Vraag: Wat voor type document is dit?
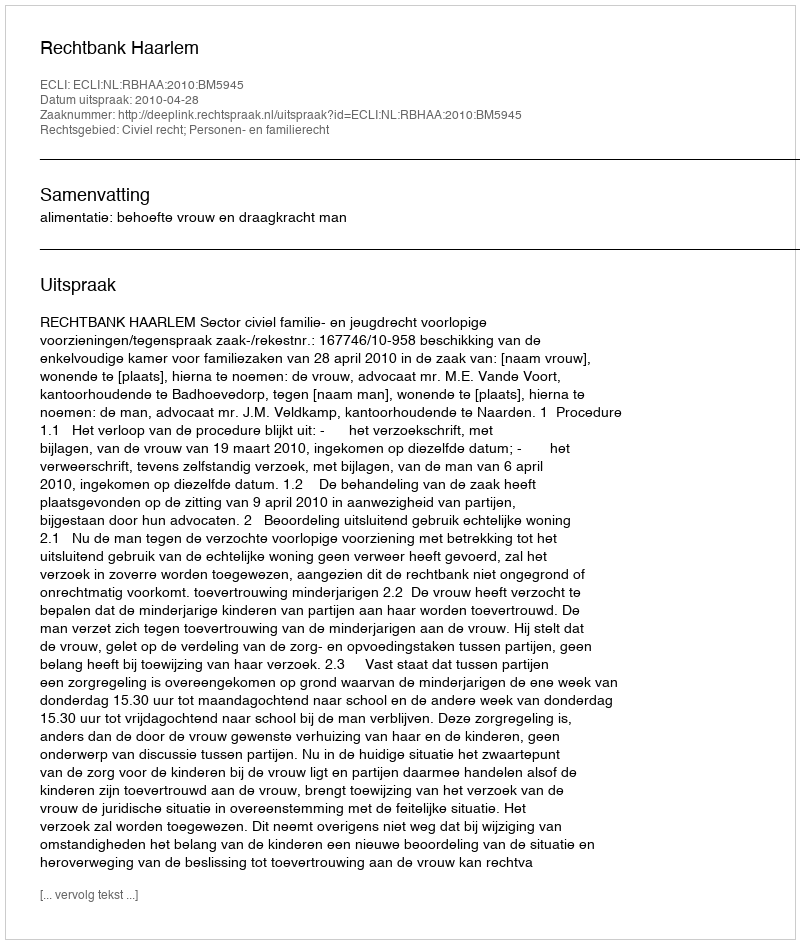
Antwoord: Uitspraak